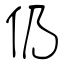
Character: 仍